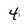
Character: 4